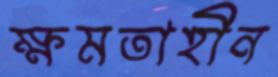
ক্ষমতাহীন